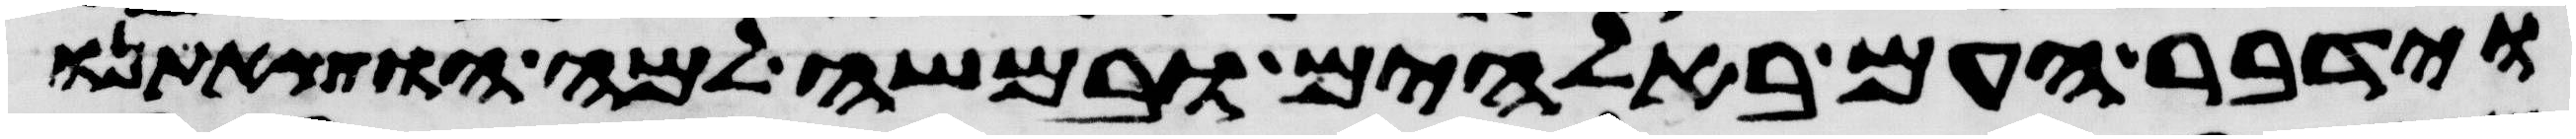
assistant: וידבר העם באלהים ובמשה למה הוצאתנו